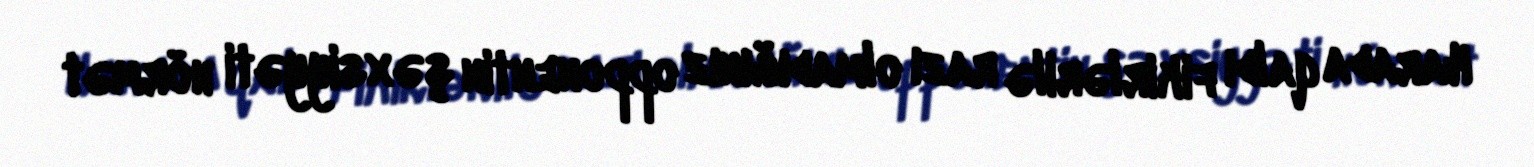
Harada qaldı fikirlərilə razı olmadığınız opponentin şəxsiyyəti hörmət